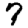
Digit: 7